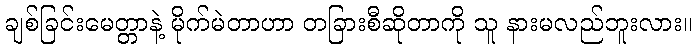
ချစ်ခြင်းမေတ္တာနဲ့ မိုက်မဲတာဟာ တခြားစီဆိုတာကို သူ နားမလည်ဘူးလား။